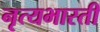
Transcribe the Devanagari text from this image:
नृत्यभारती